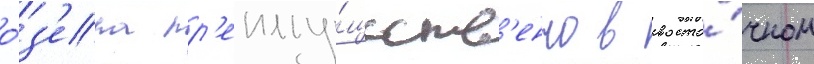
о́з'ера пр'еиму́ществ'енно в восто́чном